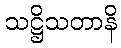
သဋ္ဌိသတာနိ